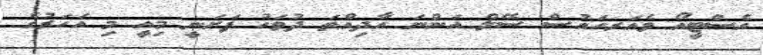
އެސްޓީއޯ ވެެއަރހައުސް ސޭލް އަންނަ އާދިއްތަ ދުވަހު ފަށަނީ މިއީ މި އަހަރުގެ